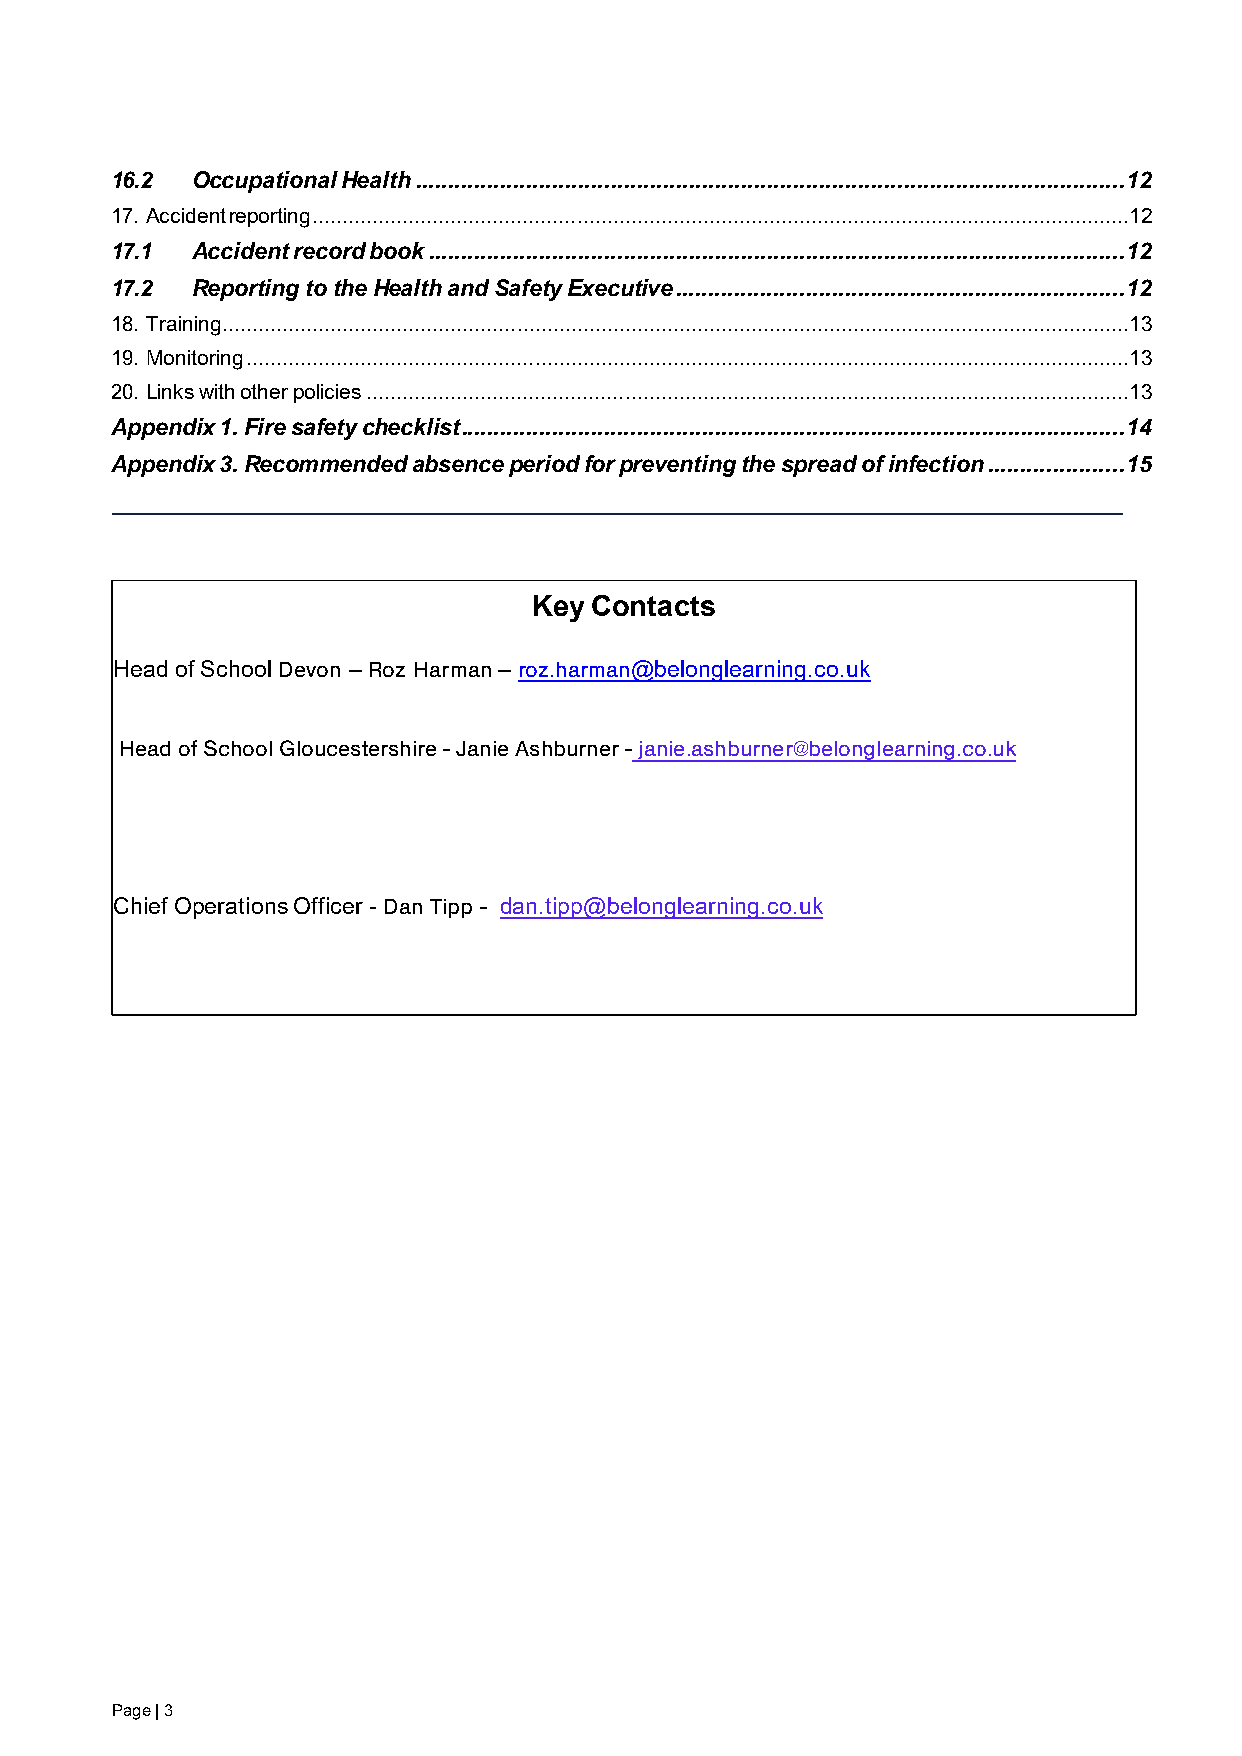
16.2  Occupational Health ............................................................................................................. 12
 17. Accident reporting ........................................................................................................................................12
 17.1  Accident record book ........................................................................................................... 12
 17.2  Reporting to the Health and Safety Executive ..................................................................... 12
 18. Training .......................................................................................................................................................13
 19. Monitoring ...................................................................................................................................................13
 20. Links with other policies ...............................................................................................................................13
 Appendix 1. Fire safety checklist ...................................................................................................... 14
 Appendix 3. Recommended absence period for preventing the spread of infection ..................... 15
 Key Contacts
 Head of School Devo n – Roz Harm an – roz.harman@belonglearning.co.uk
 Head of School Gloucestershire - Janie Ashburner -janie. ashburner@belonglearning.co.uk
 Chief Operations Officer - Dan Tipp - dan.tipp@belonglearning.co.uk
 Page | 3